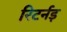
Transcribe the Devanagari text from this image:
रिटर्नड़